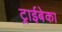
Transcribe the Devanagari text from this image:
ट्राईबेका